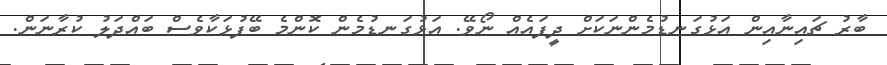
ބާރު ޗައިނާއިން އަޅުގަނޑުމެންނަކަށް ދީފައެއް ނޯވޭ. އަޅުގަނޑުމެން ކޮންމެ ބޭފުޅަކާވެސް ބައްދަލު ކުރާނަން.